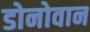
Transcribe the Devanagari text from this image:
डोनोवान